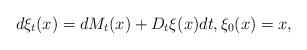
LaTeX: \begin{align*}d\xi_t (x)=dM_t (x) +D_t \xi (x) dt,\xi_0 (x)=x,\end{align*}